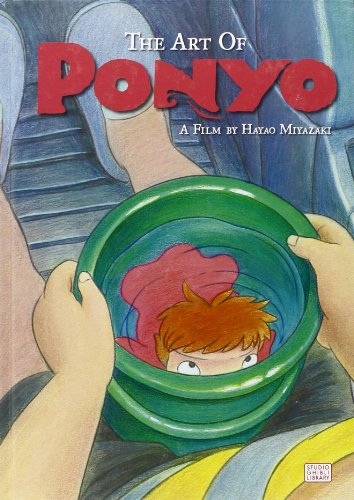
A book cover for The Art of Ponyo (PONYO ON THE CLIFF); Hayao Miyazaki; Arts & Photography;